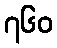
၇၆၀